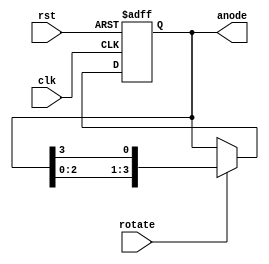
`timescale 1ns / 1ps
//////////////////////////////////////////////////////////////////////////////////
// Company: 
// Engineer: 
// 
// Design Name: 
// Module Name: shift
// Project Name: 
// Target Devices: 
// Tool Versions: 
// Description: 
// 
// Dependencies: 
// 
// Revision:
// Revision 0.01 - File Created
// Additional Comments:
// 
//////////////////////////////////////////////////////////////////////////////////


module shift(
    input clk, rst, rotate,
output reg [3:0] anode
    );
always @(posedge clk, posedge rst) //always @
    if(rst) anode <= 4'b1110; 
    else if(rotate) anode <= {anode [2:0], anode[3]};
    

endmodule